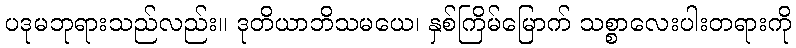
ပဒုမဘုရားသည်လည်း။ ဒုတိယာဘိသမယေ၊ နှစ်ကြိမ်မြောက် သစ္စာလေးပါးတရားကို